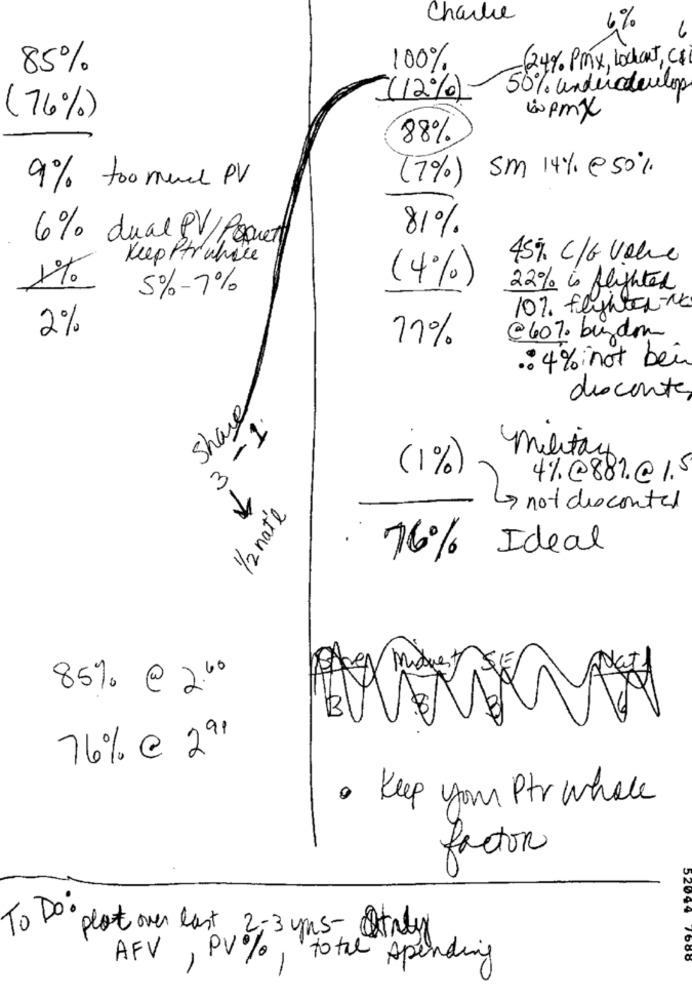
Charlie
6%
6
(24% Pinx, Lockout, C)
85%
100%
50% undercoulor
(12%)
(76%)
Wpmx
88%
(7%) Sm 14% @50%
9% too much PV
81%
6% dual PV/ Porquet
Keep Ptrwhile
45% C/6 Value
1%
(4%)
5% -7%
22% i flighted
10%. flyher-No
2%
17%
@607. buydom
.: 4% not bei
discente
Share
3-1
military
( 1 %)
4%@881.@ 1.
1/2 nate
-
not discontal
76% Ideal
85% @ 200
B
76% @ 291
. Keep your Ptr whole
factor
To Do:
52094
plot over last 2-3 yns- Strby
7680
AFV, PV%, total spending